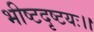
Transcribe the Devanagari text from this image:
भीष्टदृष्टयः।।